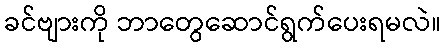
ခင်ဗျားကို ဘာတွေဆောင်ရွက်ပေးရမလဲ။